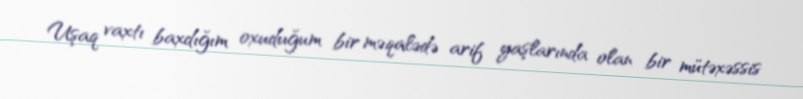
Uşaq vaxtı baxdığım oxuduğum bir məqalədə arif yaşlarında olan bir mütəxəssis